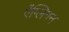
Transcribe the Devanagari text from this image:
ऐंग्लिगन